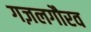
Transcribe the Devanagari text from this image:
गज़लगौरव